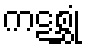
ကဋစ္ဆုံ